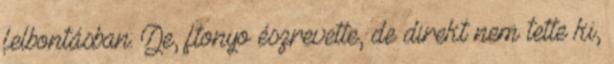
felbontásban: De, ftonyo észrevette, de direkt nem tette ki,